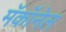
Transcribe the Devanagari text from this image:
मॅकॉनेल